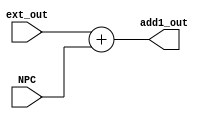
`timescale 1ns / 1ps
//////////////////////////////////////////////////////////////////////////////////
// Company: 
// Engineer: 
// 
// Design Name: 
// Module Name: ADD1
// Project Name: 
// Target Devices: 
// Tool Versions: 
// Description: 
// 
// Dependencies: 
// 
// Revision:
// Revision 0.01 - File Created
// Additional Comments:
// 
//////////////////////////////////////////////////////////////////////////////////


module ADD1(
    input [31:0]NPC,
    input [31:0]ext_out,
    output [31:0]add1_out
    );

    assign add1_out = ext_out + NPC;

endmodule